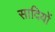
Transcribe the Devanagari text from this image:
सादियों